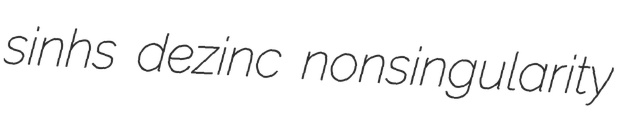
sinhs dezinc nonsingularity